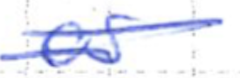
Text: as
Cross-out: double-line
Writing tool: ballpoint